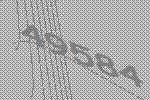
49584